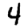
Digit: 4